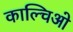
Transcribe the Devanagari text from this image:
काल्चिओ